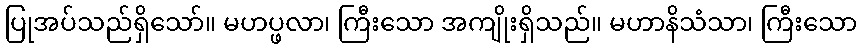
ပြုအပ်သည်ရှိသော်။ မဟပ္ဖလာ၊ ကြီးသော အကျိုးရှိသည်။ မဟာနိသံသာ၊ ကြီးသော